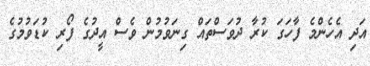
އަދި އެހެންމެ ފާހަގަ ކުރާ ދުވަސްތައް ގިނަވުމުން ވެސް އީދުގެ ފޯރި ކުޑަވުމުގެ